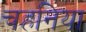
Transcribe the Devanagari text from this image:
चहनिया